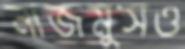
নাজমুসও